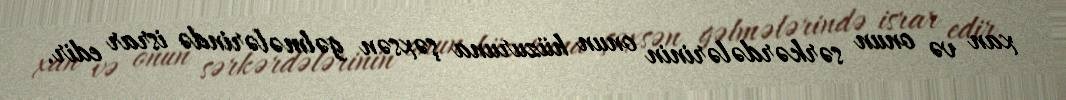
xan və onun sərkərdələrinin onun hüzuruna şəxsən gəlmələrində israr edir.